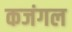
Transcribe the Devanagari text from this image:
कजंगल